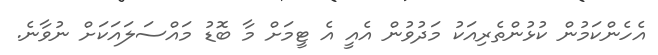
އެހެންކަމުން ކުޅުންތެރިއަކު މަދުވުން އެއީ އެ ޓީމަށް މާ ބޮޑު މައްސަލައަކަށް ނުވާނެ.